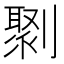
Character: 㔌